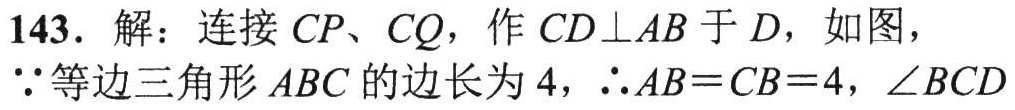
143. 解：连接\(CP\)、\(CQ\)，作\(CD\perp AB\)于\(D\)，如图，
\(\because\)等边三角形\(ABC\)的边长为\(4\)，\(\therefore AB = CB = 4\)，\(\angle BCD\)